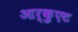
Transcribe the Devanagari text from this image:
आर्क़ुएट